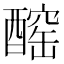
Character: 𨢧